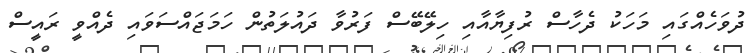
ދުވަހެއްގައި މަހަކު ދެހާސް ރުފިޔާއާއި ހިލޭބޭސް ފަރުވާ ދައުލަތުން ހަމަޖައްސަވައި ދެއްވީ ރައީސް